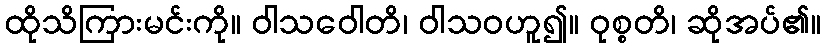
ထိုသိကြားမင်းကို။ ဝါသဝေါတိ၊ ဝါသဝဟူ၍။ ဝုစ္စတိ၊ ဆိုအပ်၏။